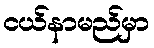
ငယ်နာမည်မှာ